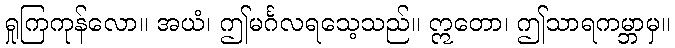
ရှုကြကုန်လော။ အယံ၊ ဤမင်္ဂလရသေ့သည်။ ဣတော၊ ဤသာရကမ္ဘာမှ။